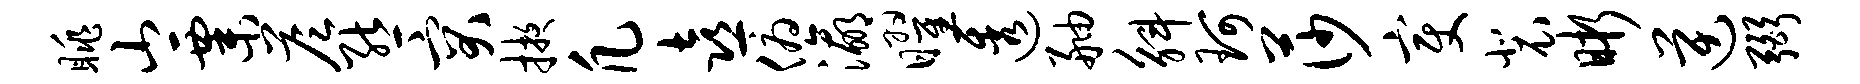
眺山粟答熊突掖凡喜俯瀛曜透舳斛珂莎变裴晰逆弼